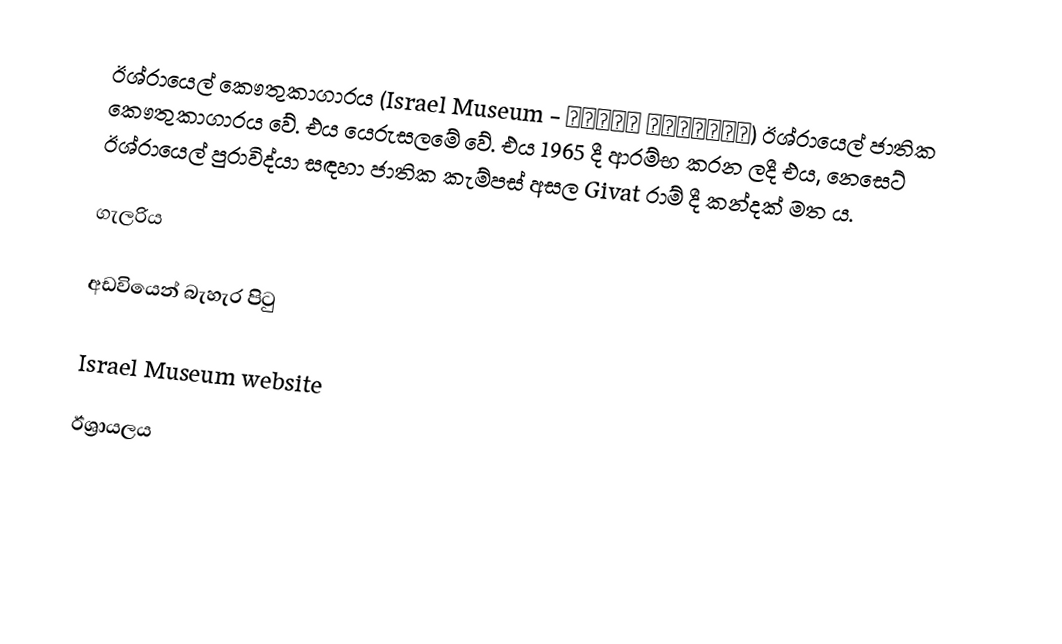
ඊශ්රායෙල් කෞතුකාගාරය (Israel Museum - מוזיאון ישראל) ඊශ්රායෙල් ජාතික කෞතුකාගාරය වේ. එය යෙරුසලමේ වේ. එය 1965 දී ආරම්භ කරන ලදී එය, නෙසෙට් ඊශ්රායෙල් පුරාවිද්යා සඳහා ජාතික කැම්පස් අසල Givat රාම් දී කන්දක් මත ය.

ගැලරිය

අඩවියෙන් බැහැර පිටු

 Israel Museum website

ඊශ්‍රායලය